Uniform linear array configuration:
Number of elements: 48
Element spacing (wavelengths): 1
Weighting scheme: blackman
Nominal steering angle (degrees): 0
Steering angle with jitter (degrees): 1.239
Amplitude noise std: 0.05
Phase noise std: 0.05

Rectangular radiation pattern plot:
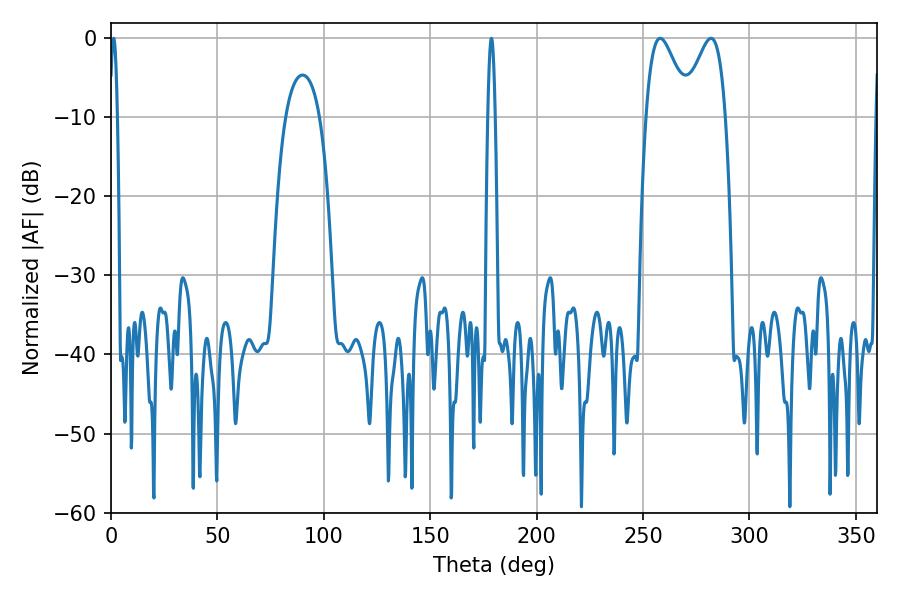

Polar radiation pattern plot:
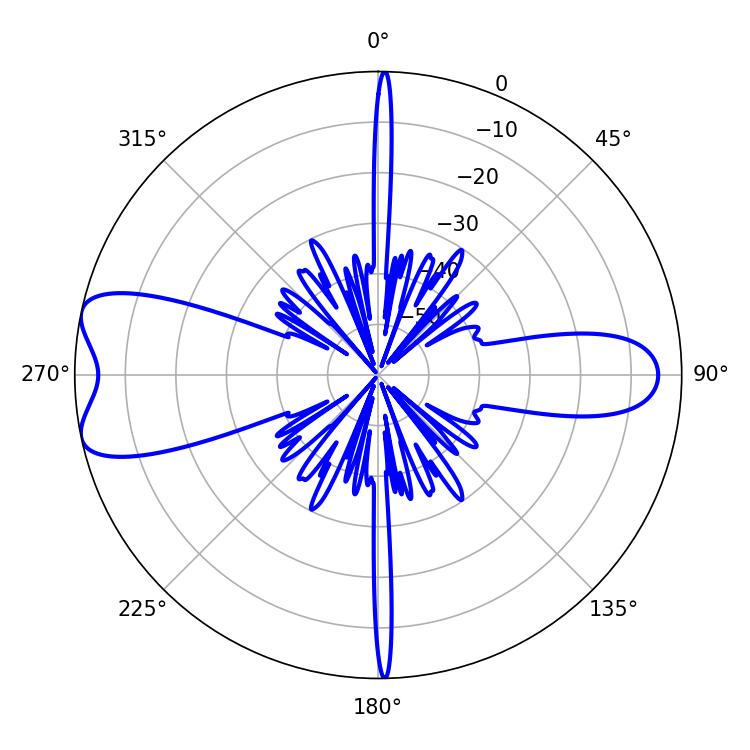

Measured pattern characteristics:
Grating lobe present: TRUE
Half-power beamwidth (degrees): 10.8
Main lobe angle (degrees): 281.88